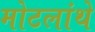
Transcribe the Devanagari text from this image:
मोटलांथे